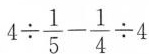
$$4 \div \frac{1}{5}- \frac{1}{4}\div 4$$